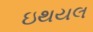
ઇથયલ